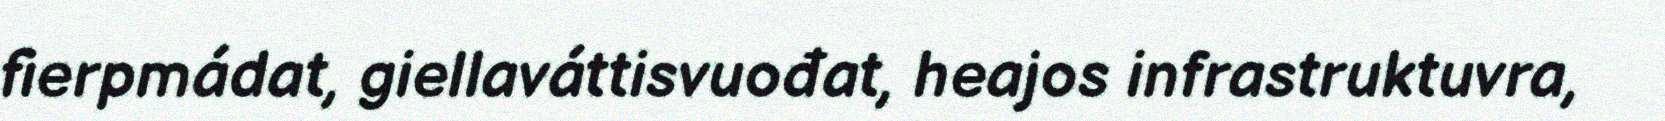
fierpmádat, giellaváttisvuođat, heajos infrastruktuvra,